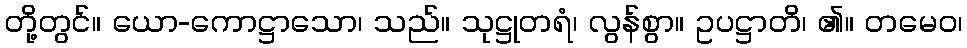
တို့တွင်။ ယော-ကောဋ္ဌာသော၊ သည်။ သုဋ္ဌုတရံ၊ လွန်စွာ။ ဥပဋ္ဌာတိ၊ ၏။ တမေဝ၊